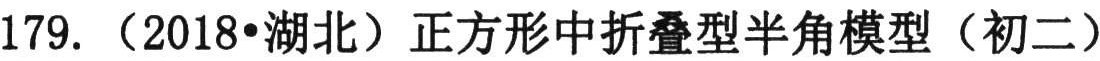
179. （2018•湖北）正方形中折叠型半角模型（初二）